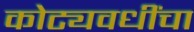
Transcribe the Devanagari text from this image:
कोट्यवधींचा